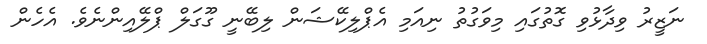
ނަޒީރު ވިދާޅުވި ގޮތުގައި މިވަގުތު ނިއަމި އެޕްލިކޭޝަން ލިބޭނީ ގޫގަލް ޕްލޭއިންނެވެ. އެހެން